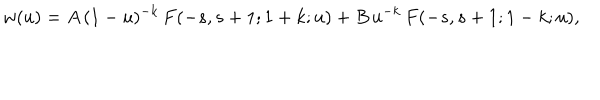
w ( u ) = A \, ( 1 - u ) ^ { - k } \, F ( - s , s + 1 ; 1 + k ; u ) + B \, u ^ { - k } \, F ( - s , s + 1 ; 1 - k ; u ) ,